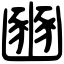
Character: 豳